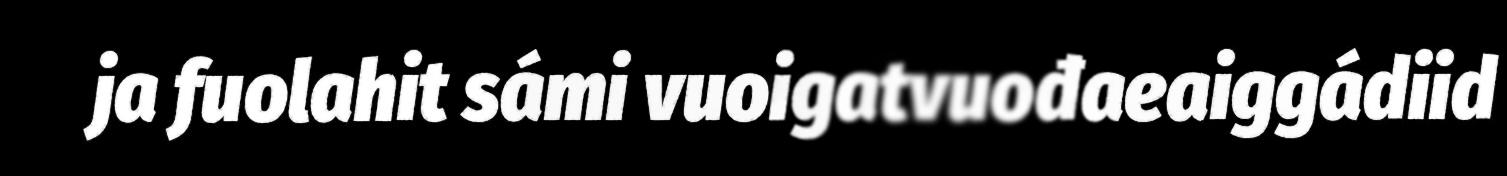
ja fuolahit sámi vuoigatvuođaeaiggádiid